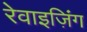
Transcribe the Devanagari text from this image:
रेवाइज़िंग